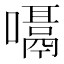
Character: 𪢙